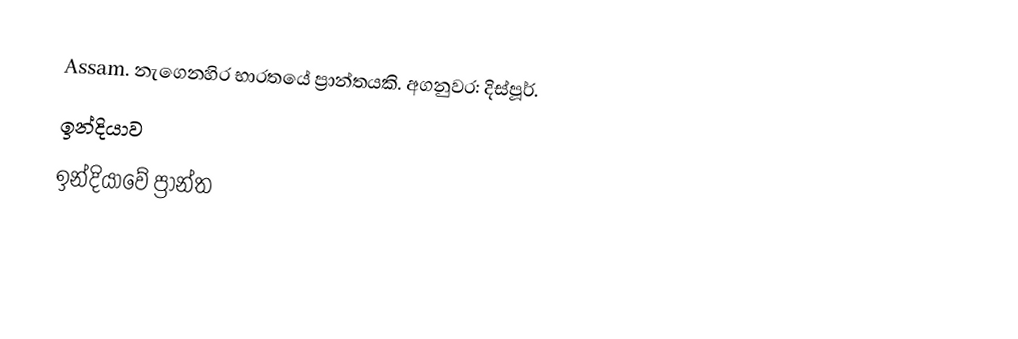
Assam. නැගෙනහිර භාරතයේ ප්‍රාන්තයකි. අගනුවර: දිස්පූර්.
ඉන්දියාව
ඉන්දියාවේ ප්‍රාන්ත